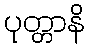
ပုတ္တာနိ